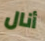
أنال